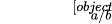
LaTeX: \scriptscriptstyle{\sqrt[[objectObject]]{a/b}}